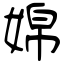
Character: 婂